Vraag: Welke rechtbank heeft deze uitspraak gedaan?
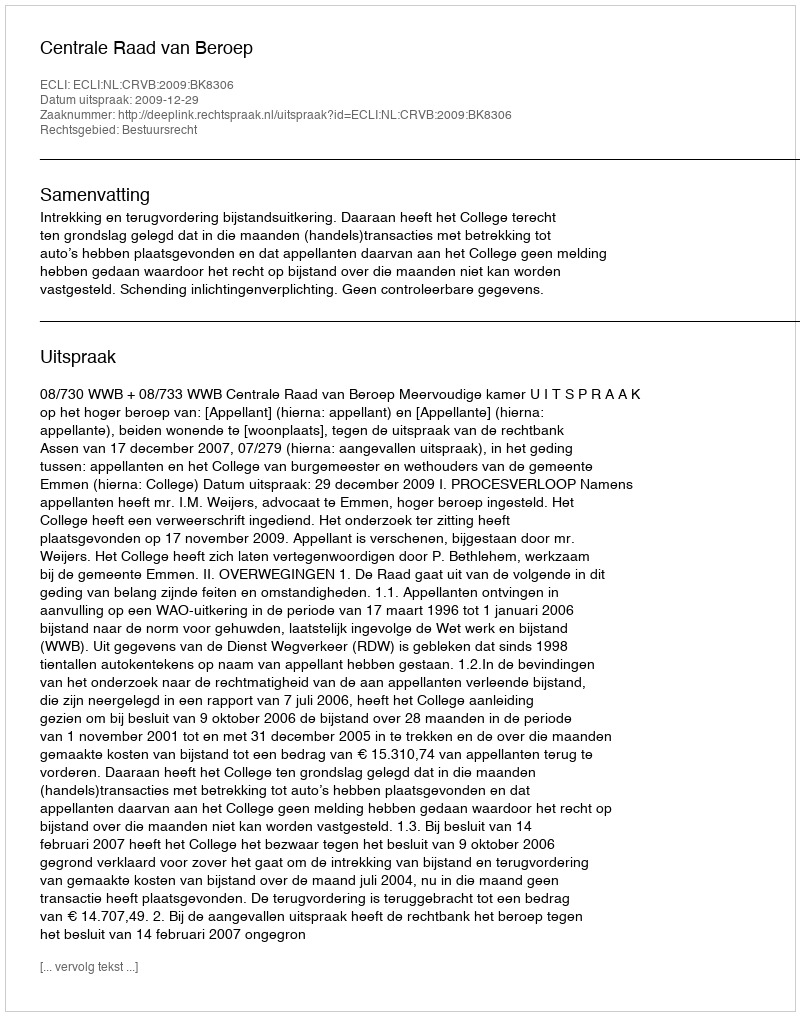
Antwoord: Centrale Raad van Beroep